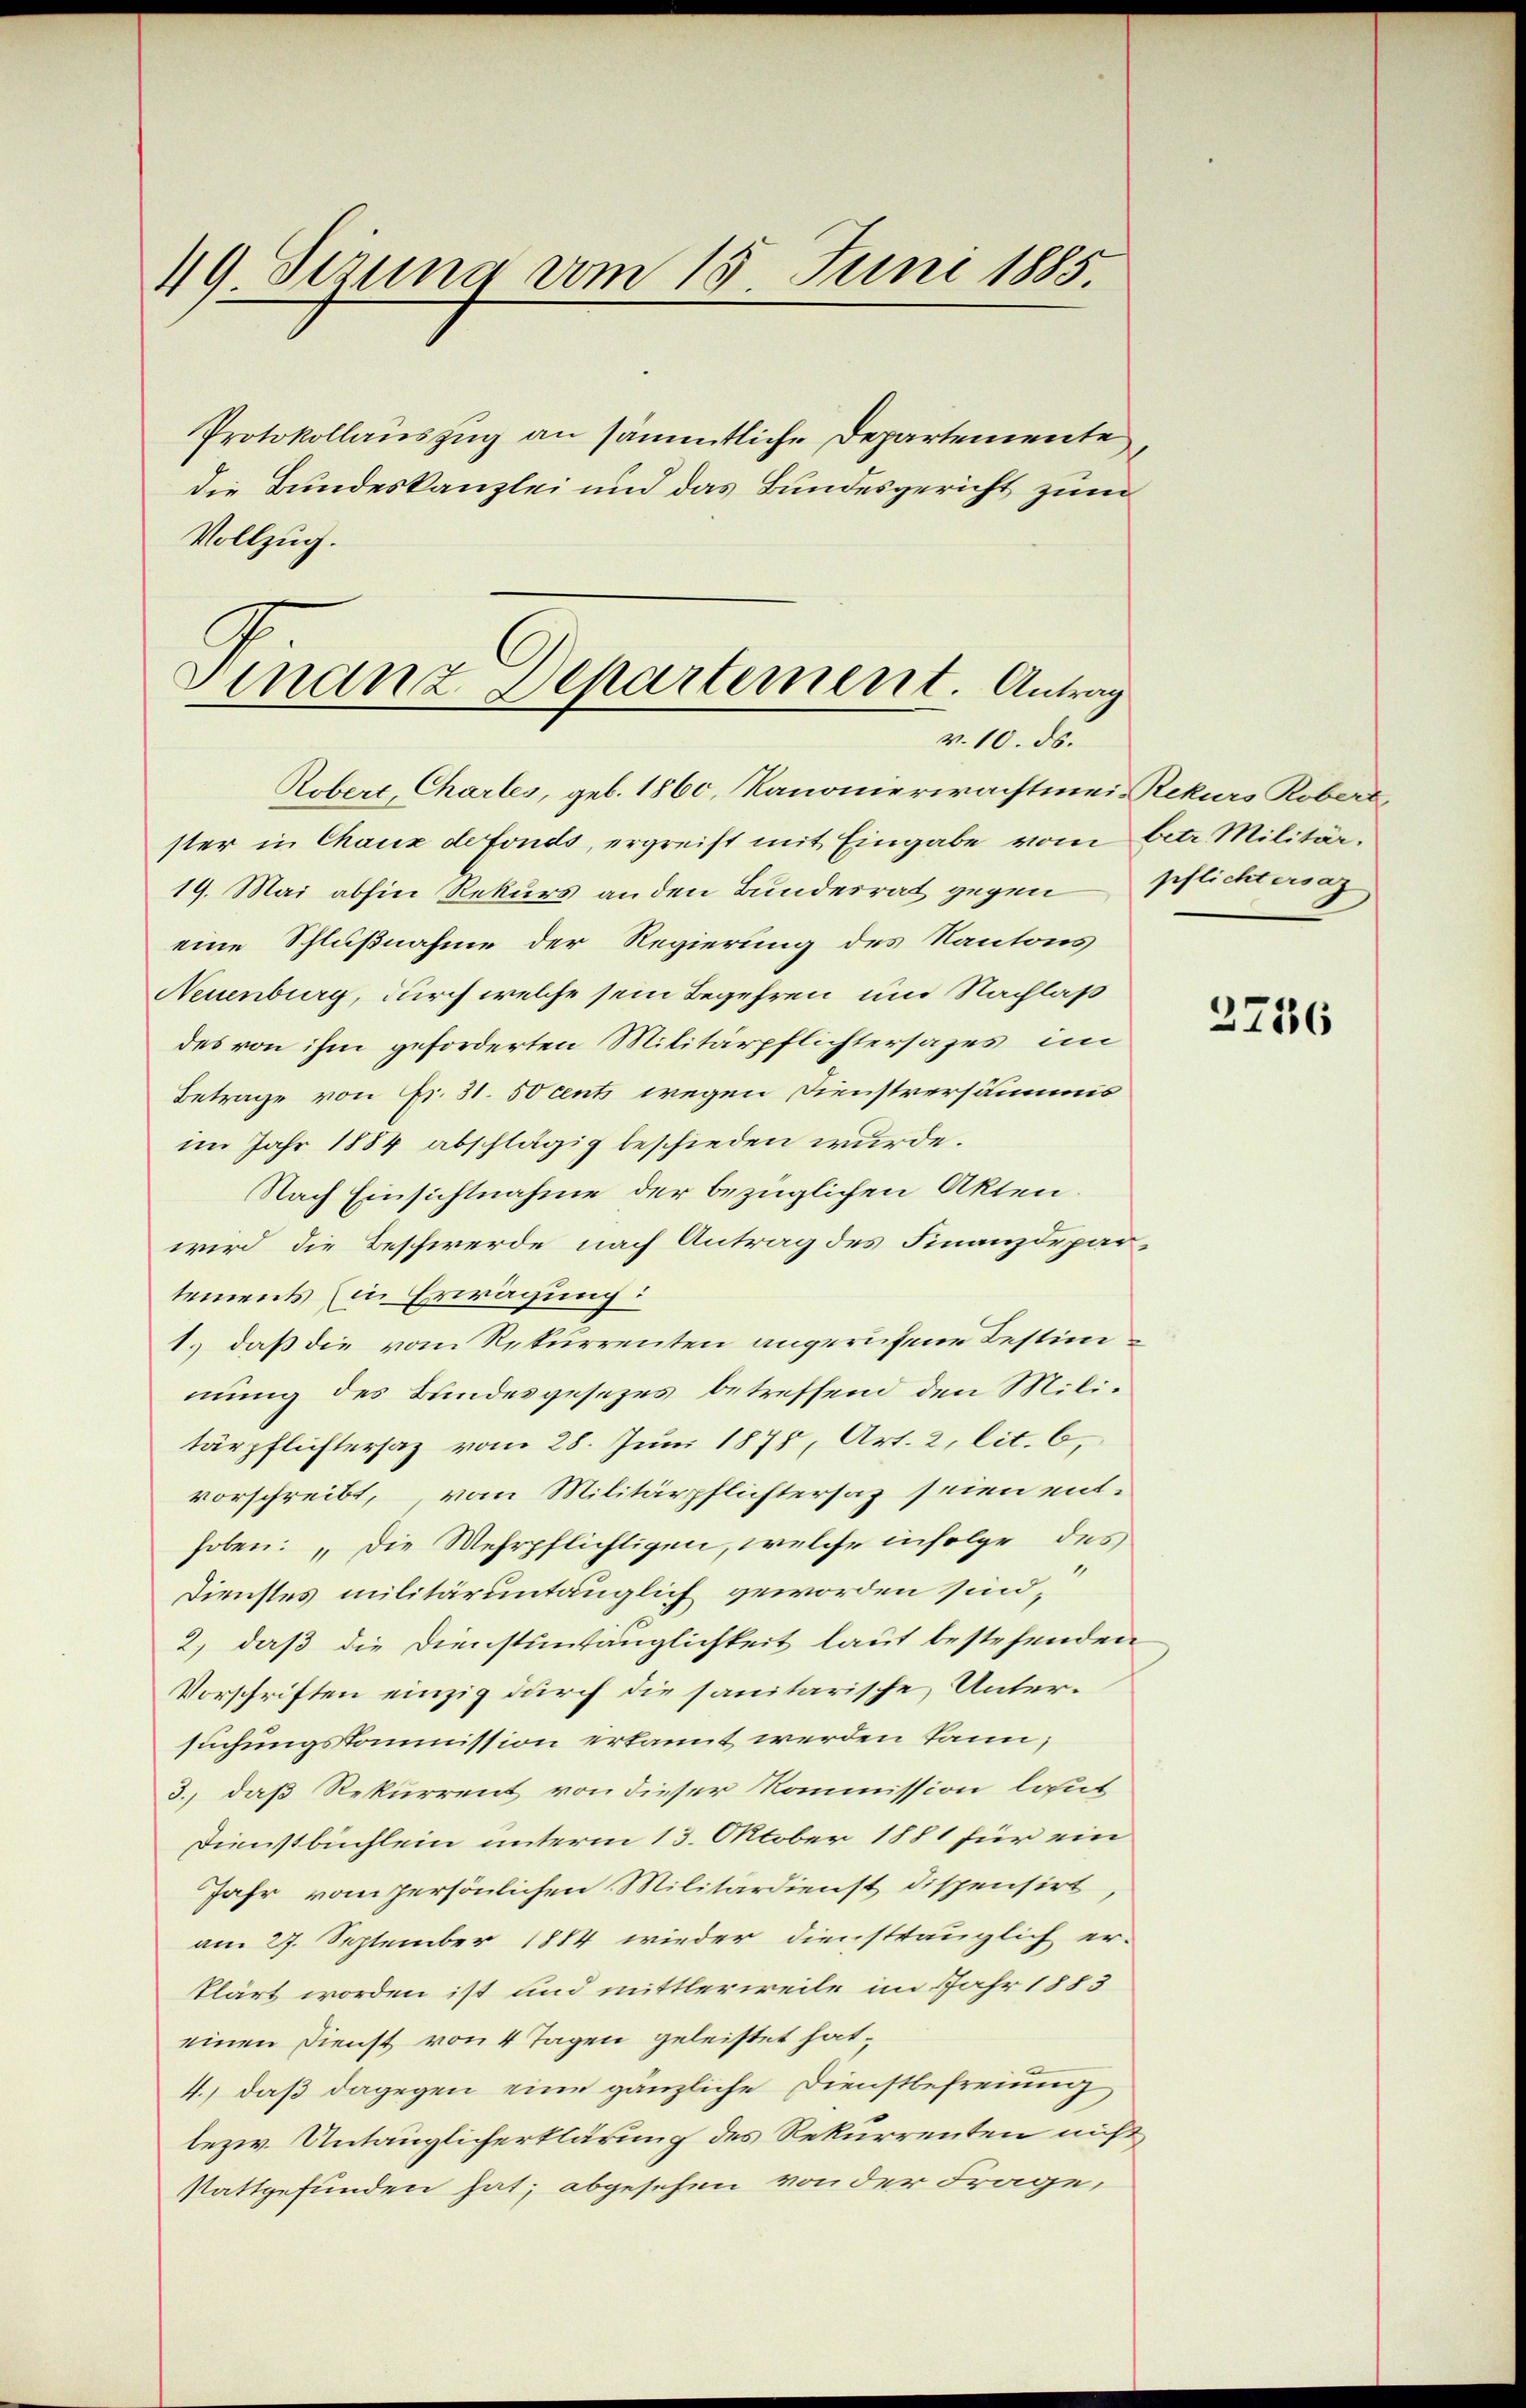
49 Sizung vom 15. Juni 1885.

Protokollauszug an sämmtliche Departemente
die Bundeskanzlei und das Bundesgericht zum
Vollzug.

Finanz-Departement. Antrag
v. 10. ds.

Robert, Chartes, geb. 1860, Kanonierwachtmeis Rekurs Robers,
ster in Chaux de fonds, ergreift mit Eingabe vom betr. Militär-
19. Mai abhin Rekurs an den Bundesrat gegen pflichtanz
eine Schlußnahme der Regierung des Kantons
Neuenburg, durch welche sein Begehren und Nachlaß
des von ihm geforderten Militärpflichtersages im
Betrage von Fr. 31. 50 cents wegen Dienstversämmis
im Jahr 1884 abschlägig beschieden wurde.
Nach Einsichtnahme der bezüglichen Akten.
wird die Beschwerde nach Antrag des Finanzdepartements (in Erwägung:
1. daß die vom Rekurrenten angerufene Testimmung des Bundesgesezes betreffend den Militärpflichtersaz vom 28. Juni 1878, Art. 2, lit. 6,
vorschreibt, vom Militärpflichtersaz seien ent-
hoben: „Die Wehrpflichtigen, welche infolge des
Dienstes militäruntauglich geworden sind,
2) daß die Dienstuntauglichkeit laut bestehenden
Vorschriften einzig durch die sanitarische Untersuchungskommission erkannt werden kann;
3., daß Rekurrent von dieser Kommission laut
Dienstbuchlein unterm 13. Oktober 1881 für ein
Jahr vom persönlichen Militärdienst dispensirt,
am 27. September 1884 wieder diensttauglich er-
klärt worden ist und mittlerweile im Jahr 1883
einen Dienst von 4 Tagen geleistet hat,
4., daß dagegen eine gänzliche Dienstbefreiung
lezw. Untauglicherklärung des Rekurrenten nicht
stattgefunden hat; abgesehen von der Frage,

2736